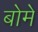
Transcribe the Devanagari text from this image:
बोमे